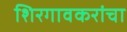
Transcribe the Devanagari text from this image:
शिरगावकरांचा